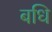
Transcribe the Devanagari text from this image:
बधि